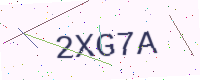
Text: 2XG7A